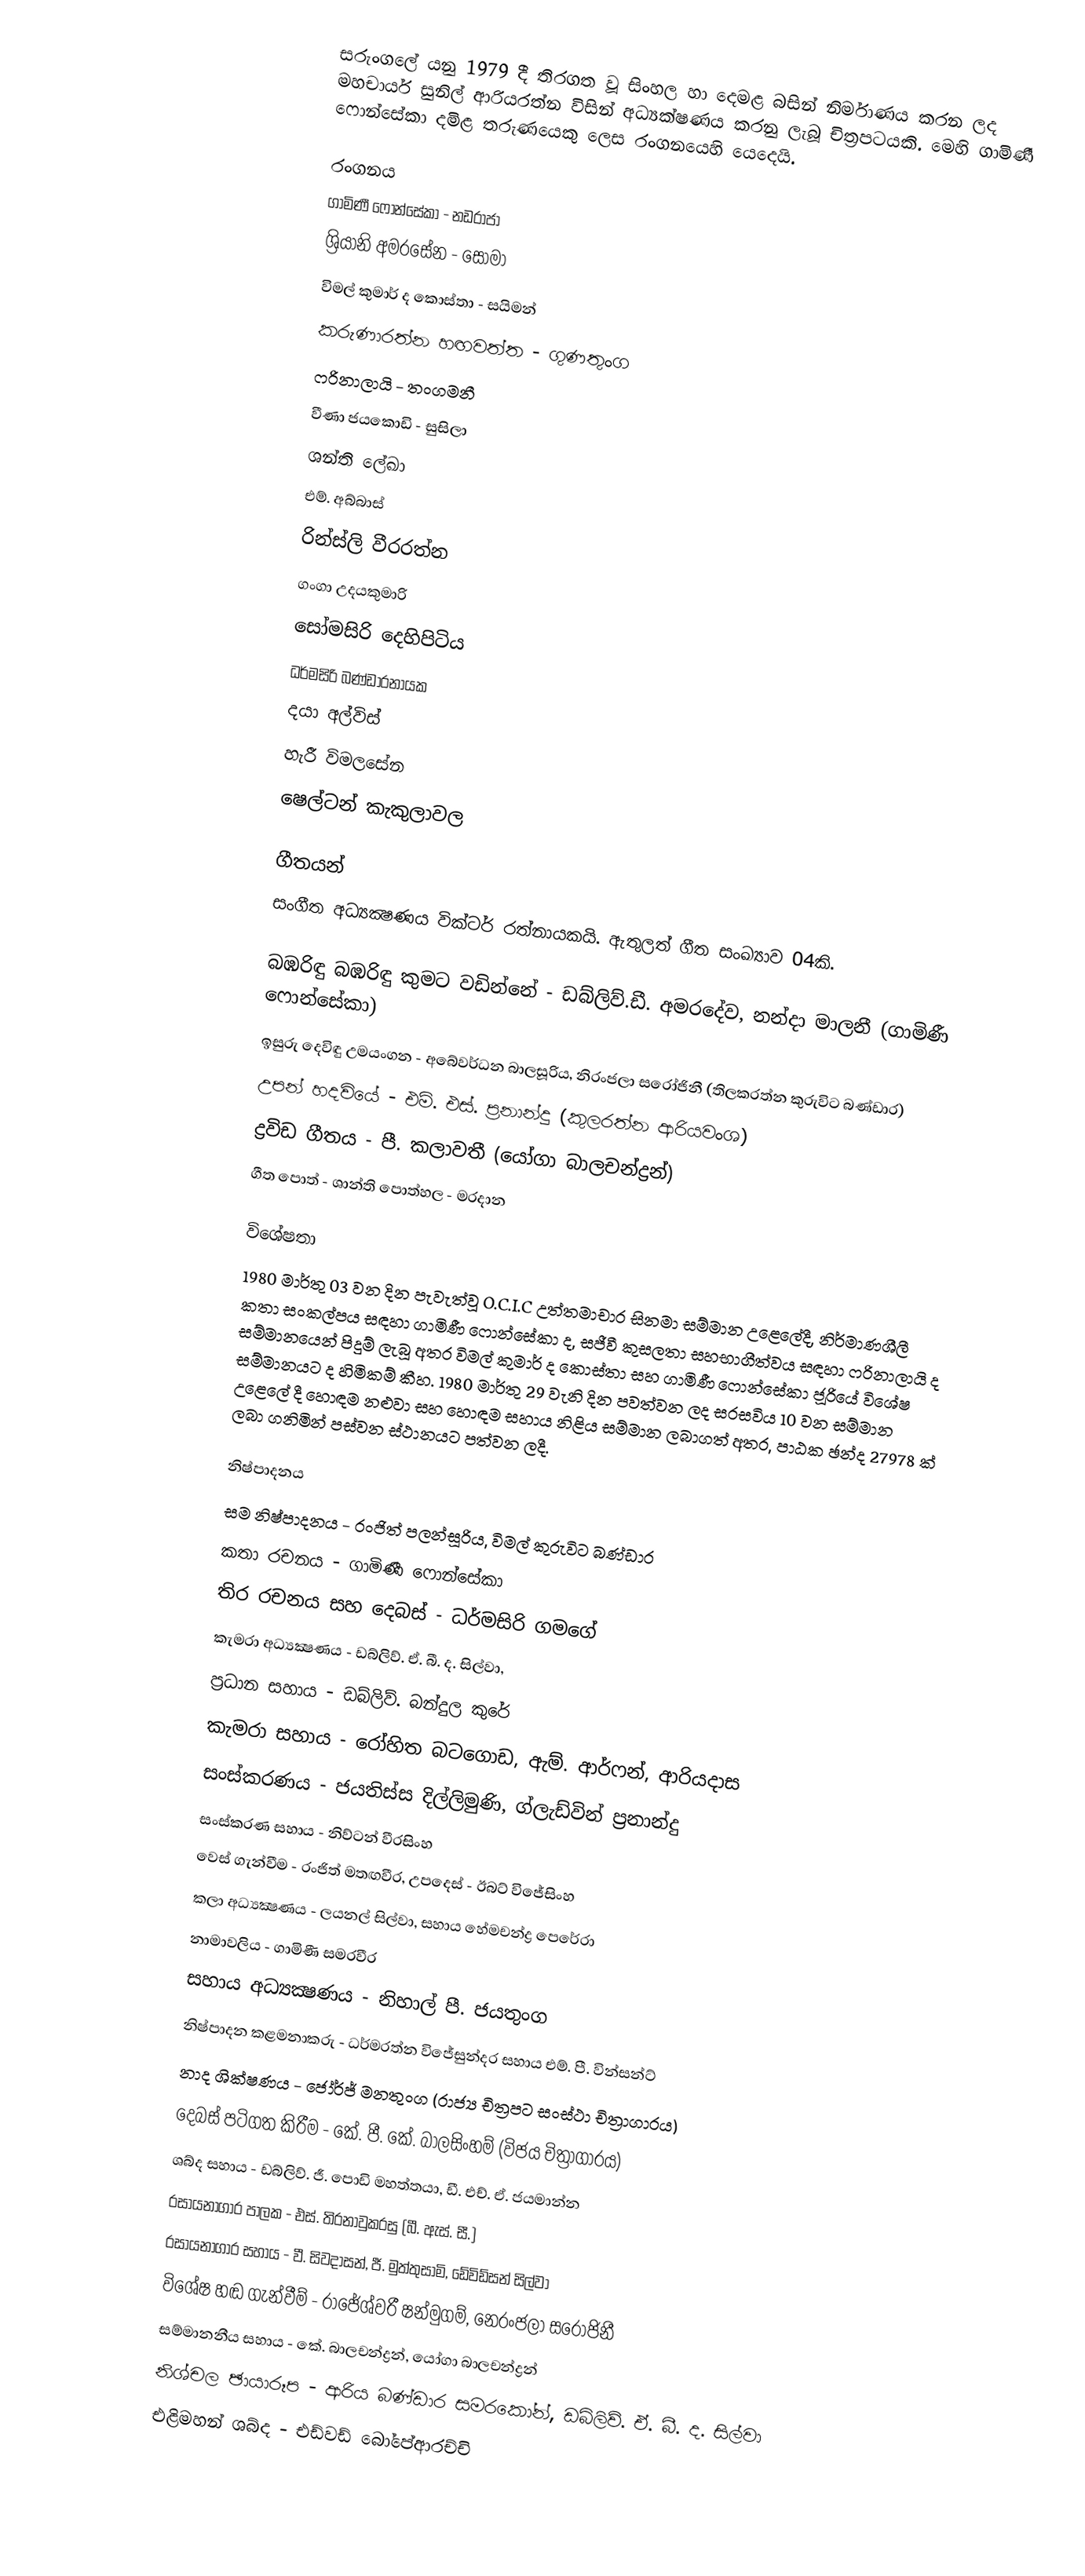
සරුංගලේ යනු 1979 දී තිරගත වූ සිංහල හා දෙමළ බසින් නිර්මාණය කරන ලද මහචාර්ය සුනිල් ආරියරත්න විසින් අධ්‍යක්ෂණය කරනු ලැබූ චිත්‍රපටයකි. මෙහි ගාමිණී ෆොන්සේකා දමිළ තරුණයෙකු ලෙස රංගනයෙහි යෙදෙයි.

රංගනය
ගාමිණී ෆොන්සේකා - නඩරාජා
ශ්‍රියානි අමරසේන - සෝමා
විමල් කුමාර් ද කොස්තා - සයිමන්
කරුණාරත්න හඟවත්ත - ගුණතුංග
ෆරිනාලායි - තංගමනී
වීණා ජයකොඩි - සුසිලා
ශන්ති ලේඛා
එම්. අබ්බාස්
රින්ස්ලි වීරරත්න
ගංගා උදයකුමාරි
සෝමසිරි දෙහිපිටිය
ධර්මසිරි බණ්ඩාරනායක
දයා අල්විස්
හැරී විමලසේන
ෂෙල්ටන් කැකුලාවල

ගීතයන්
සංගීත අධ්‍යක්‍ෂණය වික්ටර් රත්නායකයි. ඇතුලත්‍ ගීත සංඛ්‍යාව 04කි.

බඹරිඳු බඹරිඳු කුමට වඩින්නේ - ඩබ්ලිව්.ඩී. අමරදේව, නන්දා මාලනී (ගාමිණී ෆොන්සේකා)
ඉසුරු දෙවිඳු උමයංගන - අබේවර්ධන බාලසූරිය, නිරංජලා සරෝජිනී (තිලකරත්න කුරුවිට බණ්ඩාර)
උපන් හදවියේ - එම්. එස්. ප්‍රනාන්දු (කුලරත්න ආරියවංශ)
ද්‍රවිඩ ගීතය - පී. කලාවතී (යෝගා බාලචන්ද්‍රන්)
ගීත පොත් - ශාන්ති පොත්හල - මරදාන

විශේෂතා
1980 මාර්තු 03 වන දින පැවැත්වූ O.C.I.C උත්තමාචාර සිනමා සම්මාන උළෙලේදී, නිර්මාණශීලී කතා සංකල්පය සඳහා ගාමිණී ෆොන්සේකා ද, සජීවී කුසලතා සහභාගීත්වය සඳහා ෆරිනාලායි ද සම්මානයෙන් පිදුම් ලැබූ අතර විමල් කුමාර් ද කොස්තා සහ ගාමිණී ෆොන්සේකා ජූරියේ විශේෂ සම්මානයට ද හිමිකම් කීහ. 1980 මාර්තු 29 වැනි දින පවත්වන ලද සරසවිය 10 වන සම්මාන උළෙලේ දී හොඳම නළුවා සහ හොඳම සහාය නිළිය සම්මාන ලබාගත් අතර, පාඨක ඡන්ද 27978 ක් ලබා ගනිමින් පස්වන ස්ථානයට පත්වන ලදී.

නිෂ්පාදනය
සම නිෂ්පාදනය - රංජිත් පලන්සූරිය, විමල් කුරුවිට බණ්ඩාර
කතා රචනය - ගාමිණී ෆොන්සේකා
තිර රචනය සහ දෙබස් - ධර්මසිරි ගමගේ
කැමරා අධ්‍යක්‍ෂණය - ඩබ්ලිව්. ඒ. බී. ද. සිල්වා,
ප්‍රධාන සහාය - ඩබ්ලිව්. බන්දුල කුරේ
කැමරා සහාය - රෝහිත බටගොඩ, ඇම්. ආර්ෆන්, ආරියදාස
සංස්කරණය - ජයතිස්ස දිල්ලිමුණි, ග්ලැඩ්වින් ප්‍රනාන්දු
සංස්කරණ සහාය - නිව්ටන් වීරසිංහ
වෙස් ගැන්වීම - රංජිත් මතඟවීර, උපදෙස් - ඊබට් විජේසිංහ
කලා අධ්‍යක්‍ෂණය - ලයනල් සිල්වා, සහාය හේමචන්ද්‍ර පෙරේරා
නාමාවලිය - ගාමිණී සමරවීර
සහාය අධ්‍යක්‍ෂණය - නිහාල් පී. ජයතුංග
නිෂ්පාදන කළමනාකරු - ධර්මරත්න විජේසුන්දර සහාය එම්. පී. වින්සන්ට්
නාද ශික්ෂණය - ජෝර්ජ් මනතුංග (රාජ්‍ය චිත්‍රපට සංස්ථා චිත්‍රාගාරය)
දෙබස් පටිගත කිරීම - කේ. පී. කේ. බාලසිංහම් (විජය චිත්‍රාගාරය)
ශබ්ද සහාය - ඩබ්ලිව්. ජී. පොඩි මහත්තයා, ඩී. එච්. ඒ. ජයමාන්න
රසායනාගාර පාලක - එස්. තිරනාවුකරසු (බී. ඇස්. සී.)
රසායනාගාර සහාය - වී. සිවදාසන්, ජී. මුත්තුසාමි, ඩේවිඩ්සන් සිල්වා
විශේෂ හඬ ගැන්වීම් - රාජේශ්වරී ෂන්මුගම්, නෙරංජලා සරෝජිනී
සම්මානනීය සහාය - කේ. බාලචන්ද්‍රන්, යෝගා බාලචන්ද්‍රන්
නිශ්චල ඡායාරූප - ආරිය බණ්ඩාර සමරකෝන්, ඩබ්ලිව්. ඒ. බී. ද. සිල්වා
එළිමහන් ශබ්ද - එඩ්වඩ් බෝපේආරච්චි